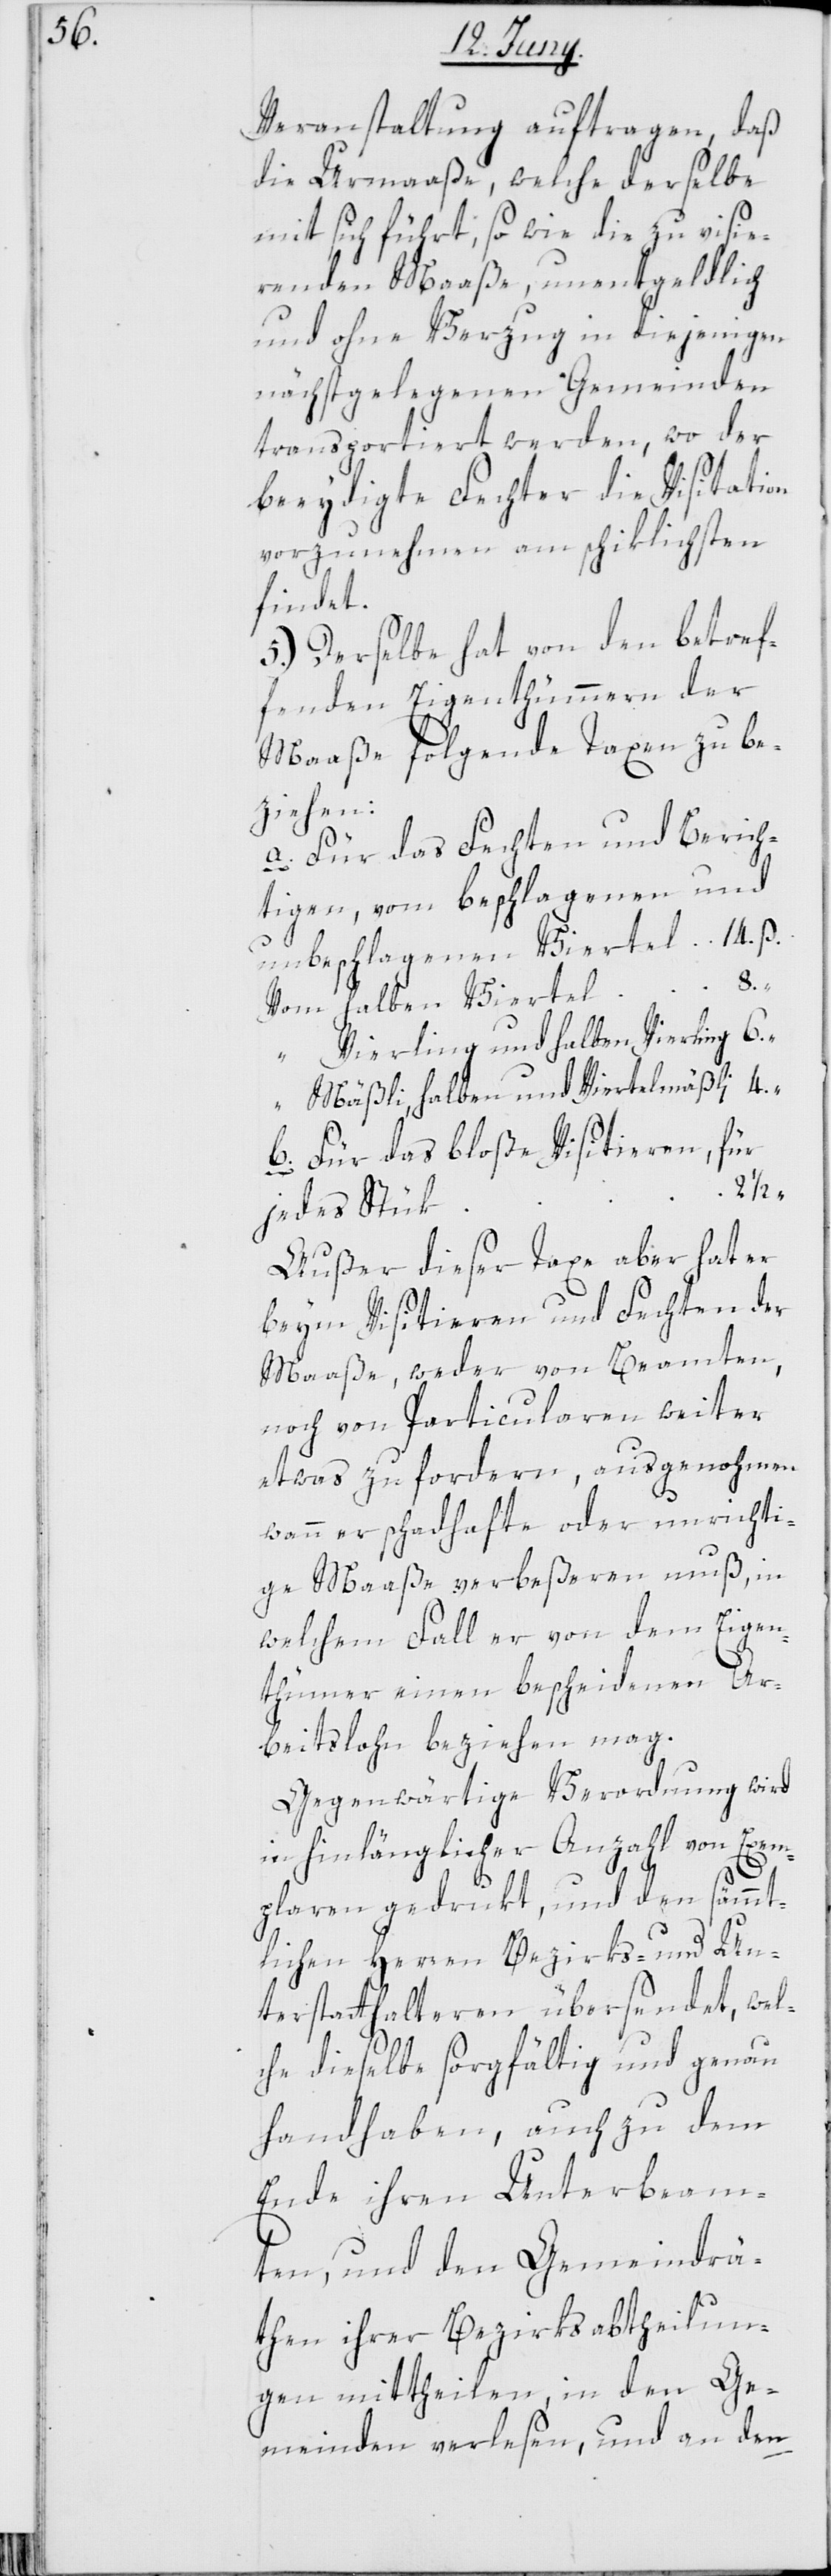
Veranstaltung auftragen, daß
die Urmaße, welche derselbe
mit sich führt, sowie die zu visie¬
renden Maaße unentgeldlich
und ohne Verzug in diejenigen
nächstgelegenen Gemeinden
transportiert werden, wo der
beeydigte Fechter die Visitation
vorzunehmen am schiklichsten
findet.
5.) Derselbe hat von den betref¬
fenden Eigenthümmern der
Maaße folgende Taxen zu be¬
ziehen:
a. Für das Fechten und Berich¬
unbeschlagenen Viertel 14. ß.
agenen und
vom halben Viertel
Vierling und halben Vierling 	6.
Mäßli, Halben- und Viertelmäßli 	4.
b. Für das bloße Visitieren, für
jedes Stük
Außer dieser Taxe aber hat er
beym Visitieren und Fechten der
Maaße, weder von Beamten,
noch von Particularen weiter
etwas zu fordern, ausgenohmen
wann er schadhafte oder unrichti¬
ge Maaße verbeßeren muß, in
welchem Fall er von dem Eigen¬
thümer einen bescheidenen Ar¬
beitslohn beziehen mag.
Gegenwärtige Verordnung wird
in hinlänglicher Anzahl von Exem¬
plaren gedrukt, und den sämmt¬
lichen Herren Bezirks- und Un¬
terstatthalteren übersendet, wel¬
che dieselben sorgfältig und genau
handhaben, auch zu dem
Ende ihren Unterbeam¬
ten und den Gemeindrä¬
then ihrer Bezirksabteilun¬
gen mittheilen, in den Ge¬
meinden verlesen, und an den